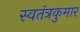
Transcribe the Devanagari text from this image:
स्वतंत्रकुमार